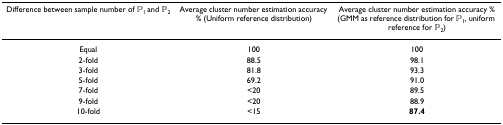
<table><thead><tr><td><b>Difference between sample number of <i>P</i><sub>1 </sub>and <i>P</i><sub>2</sub></b></td><td><b>Average cluster number estimation accuracy % (Uniform reference distribution)</b></td><td><b>Average cluster number estimation accuracy % (GMM as reference distribution for <i>P</i><sub>1</sub>, uniform reference for <i>P</i><sub>2</sub>)</b></td></tr></thead><tbody><tr><td>Equal</td><td>100</td><td>100</td></tr><tr><td>2-fold</td><td>88.5</td><td>98.1</td></tr><tr><td>3-fold</td><td>81.8</td><td>93.3</td></tr><tr><td>5-fold</td><td>69.2</td><td>91.0</td></tr><tr><td>7-fold</td><td>&lt;20</td><td>89.5</td></tr><tr><td>9-fold</td><td>&lt;20</td><td>88.9</td></tr><tr><td>10-fold</td><td>&lt;15</td><td><b>87.4</b></td></tr></tbody></table>